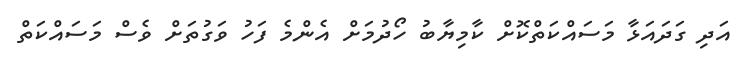
އަދި ގަދައަޅާ މަސައްކަތްކޮށް ކާމިޔާބު ހޯދުމަށް އެންމެ ފަހު ވަގުތަށް ވެސް މަސައްކަތް